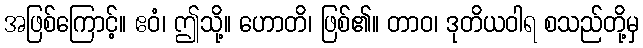
အဖြစ်ကြောင့်။ ဧဝံ၊ ဤသို့။ ဟောတိ၊ ဖြစ်၏။ တာဝ၊ ဒုတိယဝါရ စသည်တို့မှ